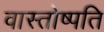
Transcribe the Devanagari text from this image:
वास्तोष्पति